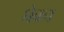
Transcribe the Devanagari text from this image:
घेवन